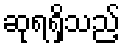
ဆုရရှိသည့်